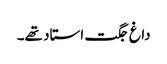
داغ جگت استاد تھے۔